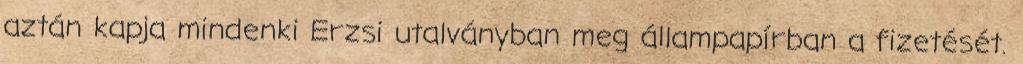
aztán kapja mindenki Erzsi utalványban meg állampapírban a fizetését.